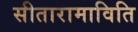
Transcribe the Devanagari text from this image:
सीतारामाविति